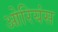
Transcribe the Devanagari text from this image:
ओरियंस